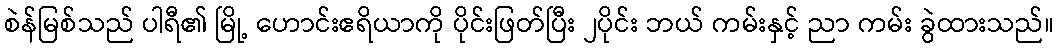
စဲန်မြစ်သည် ပါရီ၏ မြို့ ဟောင်းဧရိယာကို ပိုင်းဖြတ်ပြီး ၂ပိုင်း ဘယ် ကမ်းနှင့် ညာ ကမ်း ခွဲထားသည်။